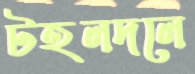
টহলদলে